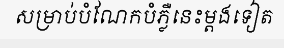
សម្រាប់បំណែកបំភ្លឺនេះម្តងទៀត